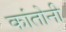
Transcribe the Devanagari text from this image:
कांतोनी